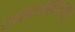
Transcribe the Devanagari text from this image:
साधनावस्था।